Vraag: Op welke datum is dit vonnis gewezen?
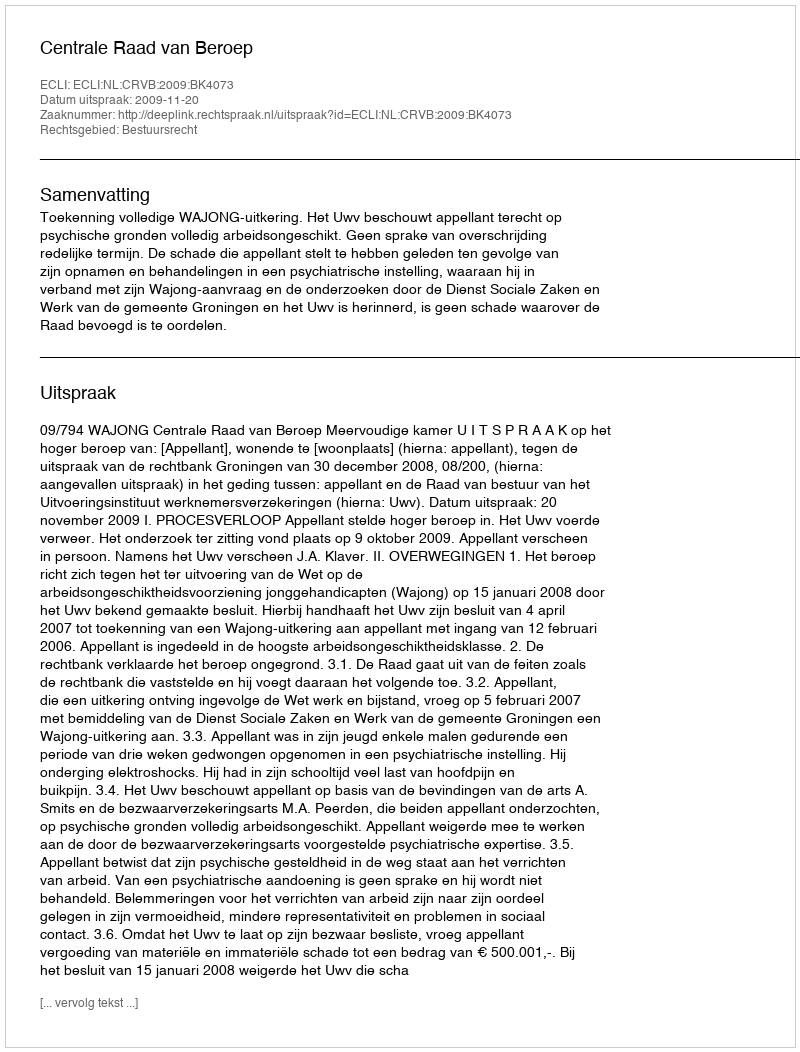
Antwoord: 2009-11-20